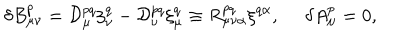
{ \delta } B _ { \mu \nu } ^ { p } = { \cal D } _ { \mu } ^ { p q } { \xi } _ { \nu } ^ { q } - { \cal D } _ { \nu } ^ { p q } { \xi } _ { \mu } ^ { q } \equiv R _ { \mu \nu \alpha } ^ { p q } { \xi } ^ { q \alpha } , \, \, \, \, \, \, \, \, { \delta } A _ { \mu } ^ { p } = 0 ,